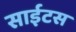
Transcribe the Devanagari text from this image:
साईटस